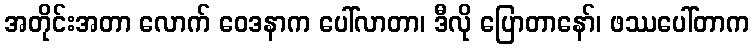
အတိုင်းအတာ လောက် ဝေဒနာက ပေါ်လာတာ၊ ဒီလို ပြောတာနော်၊ ဖဿပေါ်တာက